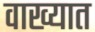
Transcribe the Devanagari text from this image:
वाख्यात